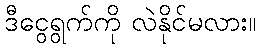
ဒီငွေရွက်ကို လဲနိုင်မလား။